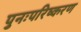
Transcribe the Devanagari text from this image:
पुनःपरिष्करण